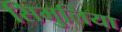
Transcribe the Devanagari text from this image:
सिमुलिया